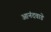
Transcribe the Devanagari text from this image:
आनंदवाडे